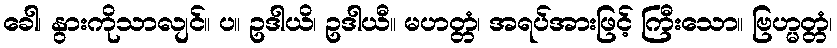
ခေါ၊ နွားကိုသာလျင်။ ပ။ ဥဒါယိ၊ ဥဒါယီ။ မဟတ္တံ၊ အရပ်အားဖြင့် ကြီးသော။ ဗြဟ္မတ္တံ၊